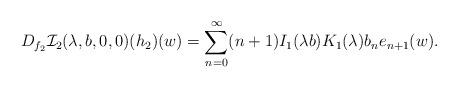
LaTeX: \begin{align*}D_{f_{2}}\mathcal{I}_{2}(\lambda,b,0,0)(h_{2})(w)=\sum_{n=0}^{\infty}(n+1)I_{1}(\lambda b)K_{1}(\lambda)b_{n}e_{n+1}(w).\end{align*}